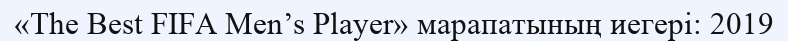
«The Best FIFA Men’s Player» марапатының иегері: 2019